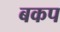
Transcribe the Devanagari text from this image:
बकप